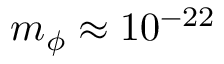
m _ { \phi } \approx 1 0 ^ { - 2 2 }